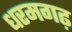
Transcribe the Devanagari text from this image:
धरमगढ़